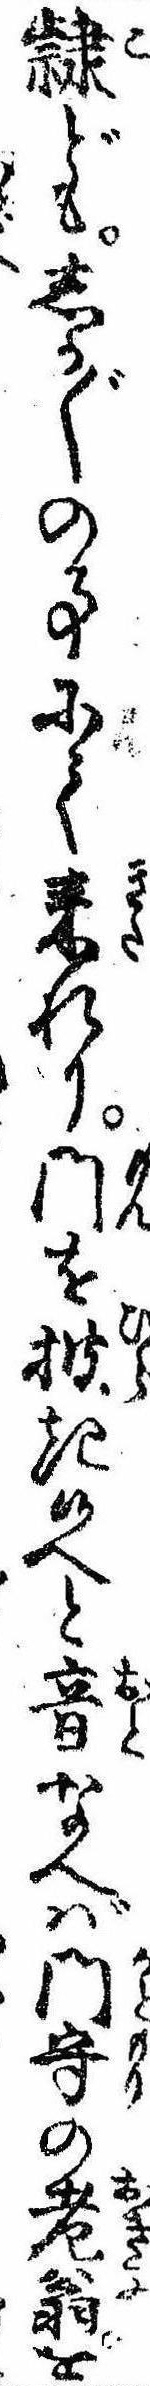
隷どもしか〲の事にて来れり門を披き候へと音なへば門守の老翁を